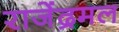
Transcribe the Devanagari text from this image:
राजेंद्रमल